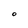
Character: O